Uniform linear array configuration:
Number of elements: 64
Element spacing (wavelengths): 0.25
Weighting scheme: exponential
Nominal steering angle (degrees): -45
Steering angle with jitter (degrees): -45.099
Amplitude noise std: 0.05
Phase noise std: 0.05

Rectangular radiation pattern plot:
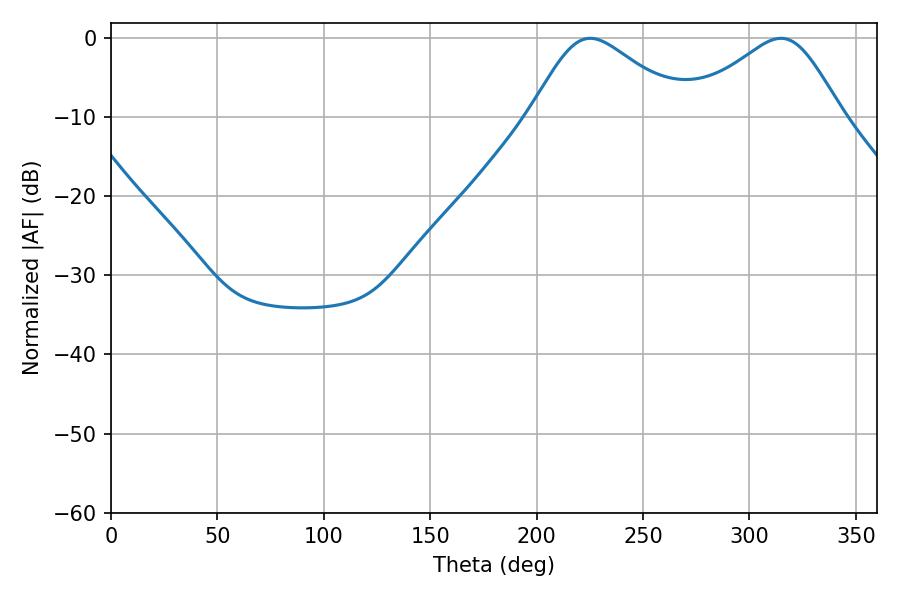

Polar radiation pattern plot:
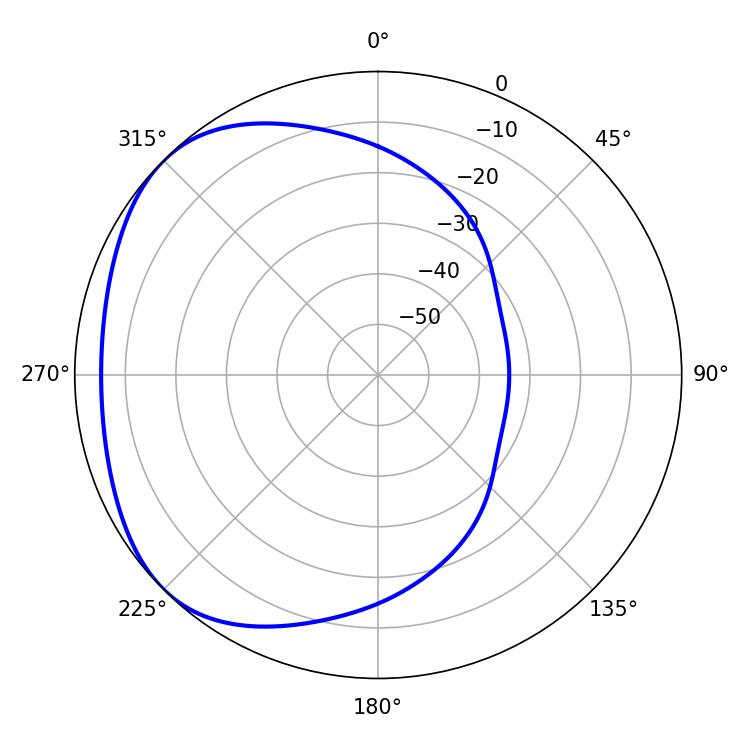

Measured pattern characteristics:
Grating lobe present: FALSE
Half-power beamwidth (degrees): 35.82
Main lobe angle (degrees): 225.18